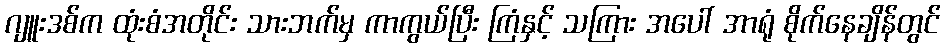
ဂျူးဒစ်က ထုံးစံအတိုင်း သားဘက်မှ ကာကွယ်ပြီး ကြံနှင့် သကြား အပေါ် အာရုံ စိုက်နေချိန်တွင်